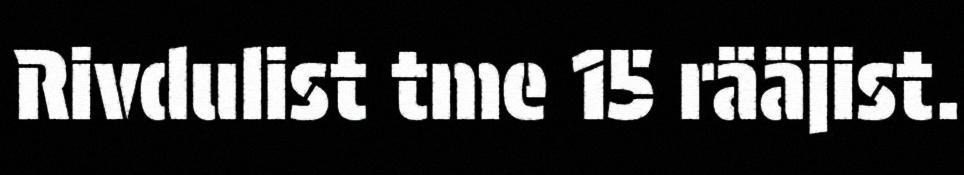
Rivdulist tme 15 rääjist.